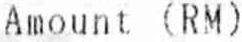
AMOUNT (RM)